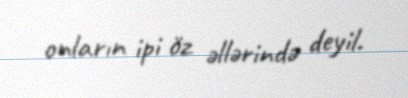
onların ipi öz əllərində deyil.